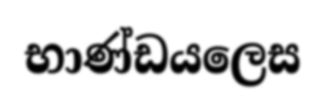
භාණ්ඩයලෙස